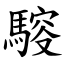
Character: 䮟